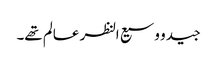
جید و وسیع النظر عالم تھے۔